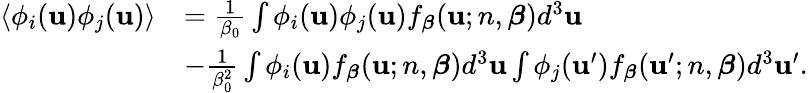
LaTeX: \begin{array}{rl}{\left<\phi_{i}(\mathbf{u})\phi_{j}(\mathbf{u})\right>}&{=\frac{1}{\beta_{0}}\int\phi_{i}(\mathbf{u})\phi_{j}(\mathbf{u})f_{\boldsymbol{\beta}}(\mathbf{u};n,\boldsymbol{\beta})d^{3}\mathbf{u}}\\ &{-\frac{1}{\beta_{0}^{2}}\int\phi_{i}(\mathbf{u})f_{\boldsymbol{\beta}}(\mathbf{u};n,\boldsymbol{\beta})d^{3}\mathbf{u}\int\phi_{j}(\mathbf{u}^{\prime})f_{\boldsymbol{\beta}}(\mathbf{u}^{\prime};n,\boldsymbol{\beta})d^{3}\mathbf{u}^{\prime}.}\end{array}